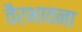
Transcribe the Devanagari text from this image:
वैरभावना